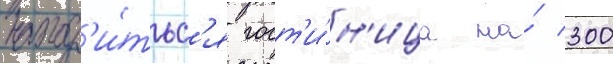
наход'и́тьс'я гост'и́н'ица на́ 300